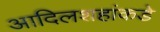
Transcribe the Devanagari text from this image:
आदिलशहांकडे